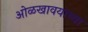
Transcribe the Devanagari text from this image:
ओळखावयाच्या